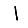
Digit: 1